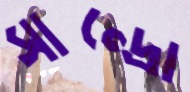
সান্দ্রো